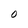
Character: 0